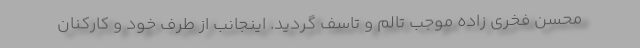
محسن فخری زاده موجب تالم و تاسف گردید. اینجانب از طرف خود و کارکنان